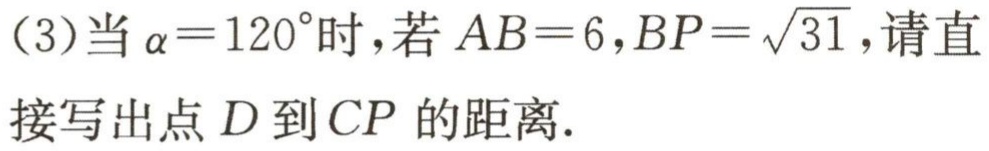
(3)当\(\alpha = 120^{\circ}\)时，若\(AB = 6\)，\(BP=\sqrt{31}\)，请直接写出点\(D\)到\(CP\)的距离.